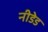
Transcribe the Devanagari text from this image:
नीडेड